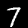
Label: 7